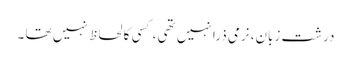
درشت زبان، نرمی ذرا نہیں تھی ، کسی کا لحاظ نہیں تھا ۔